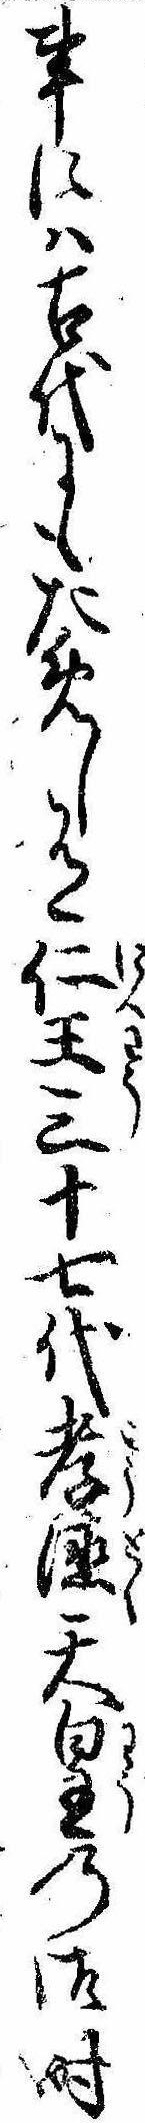
事には古代にもためし有仁王三十七代孝徳天皇の御時